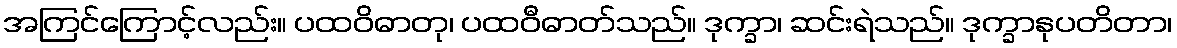
အကြင်ကြောင့်လည်း။ ပထဝိဓာတု၊ ပထဝီဓာတ်သည်။ ဒုက္ခာ၊ ဆင်းရဲသည်။ ဒုက္ခာနုပတိတာ၊